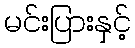
မင်းပြားနှင့်